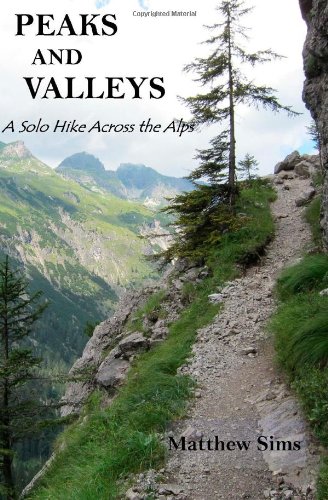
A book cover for Peaks and Valleys: A Solo Hike Across the Alps; Matthew Sims; Travel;